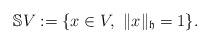
LaTeX: \begin{align*}\mathbb{S}V:=\{x\in V,\ \lVert x\rVert_{\mathfrak{h}}=1\}.\end{align*}